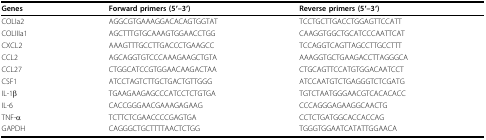
<table><thead><tr><td><b>Genes</b></td><td><b>Forward primers (5&#x27;--3&#x27;)</b></td><td><b>Reverse primers (5&#x27;--3&#x27;)</b></td></tr></thead><tbody><tr><td>COLIa2</td><td>AGGCGTGAAAGGACACAGTGGTAT</td><td>TCCTGCTTGACCTGGAGTTCCATT</td></tr><tr><td>COLIIIa1</td><td>AGCTTTGTGCAAAGTGGAACCTGG</td><td>CAAGGTGGCTGCATCCCAATTCAT</td></tr><tr><td>CXCL2</td><td>AAAGTTTGCCTTGACCCTGAAGCC</td><td>TCCAGGTCAGTTAGCCTTGCCTTT</td></tr><tr><td>CCL2</td><td>AGCAGGTGTCCCAAAGAAGCTGTA</td><td>AAAGGTGCTGAAGACCTTAGGGCA</td></tr><tr><td>CCL27</td><td>CTGGCATCCGTGGAACAAGACTAA</td><td>CTGCAGTTCCATGTGGACAATCCT</td></tr><tr><td>CSF1</td><td>ATCCTAGTCTTGCTGACTGTTGGG</td><td>ATCCAATGTCTGAGGGTCTCGATG</td></tr><tr><td>IL-1β</td><td>TGAAGAAGAGCCCATCCTCTGTGA</td><td>TGTCTAATGGGAACGTCACACACC</td></tr><tr><td>IL-6</td><td>CACCGGGAACGAAAGAGAAG</td><td>CCCAGGGAGAAGGCAACTG</td></tr><tr><td>TNF-α</td><td>TCTTCTCGAACCCCGAGTGA</td><td>CCTCTGATGGCACCACCAG</td></tr><tr><td>GAPDH</td><td>CAGGGCTGCTTTTAACTCTGG</td><td>TGGGTGGAATCATATTGGAACA</td></tr></tbody></table>